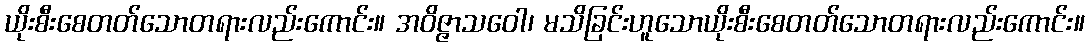
ယိုးစီးစေတတ်သောတရားလည်းကောင်း။ အဝိဇ္ဇာသဝေါ၊ မသိခြင်းဟူသောယိုးစီးစေတတ်သောတရားလည်းကောင်း။